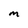
Character: M